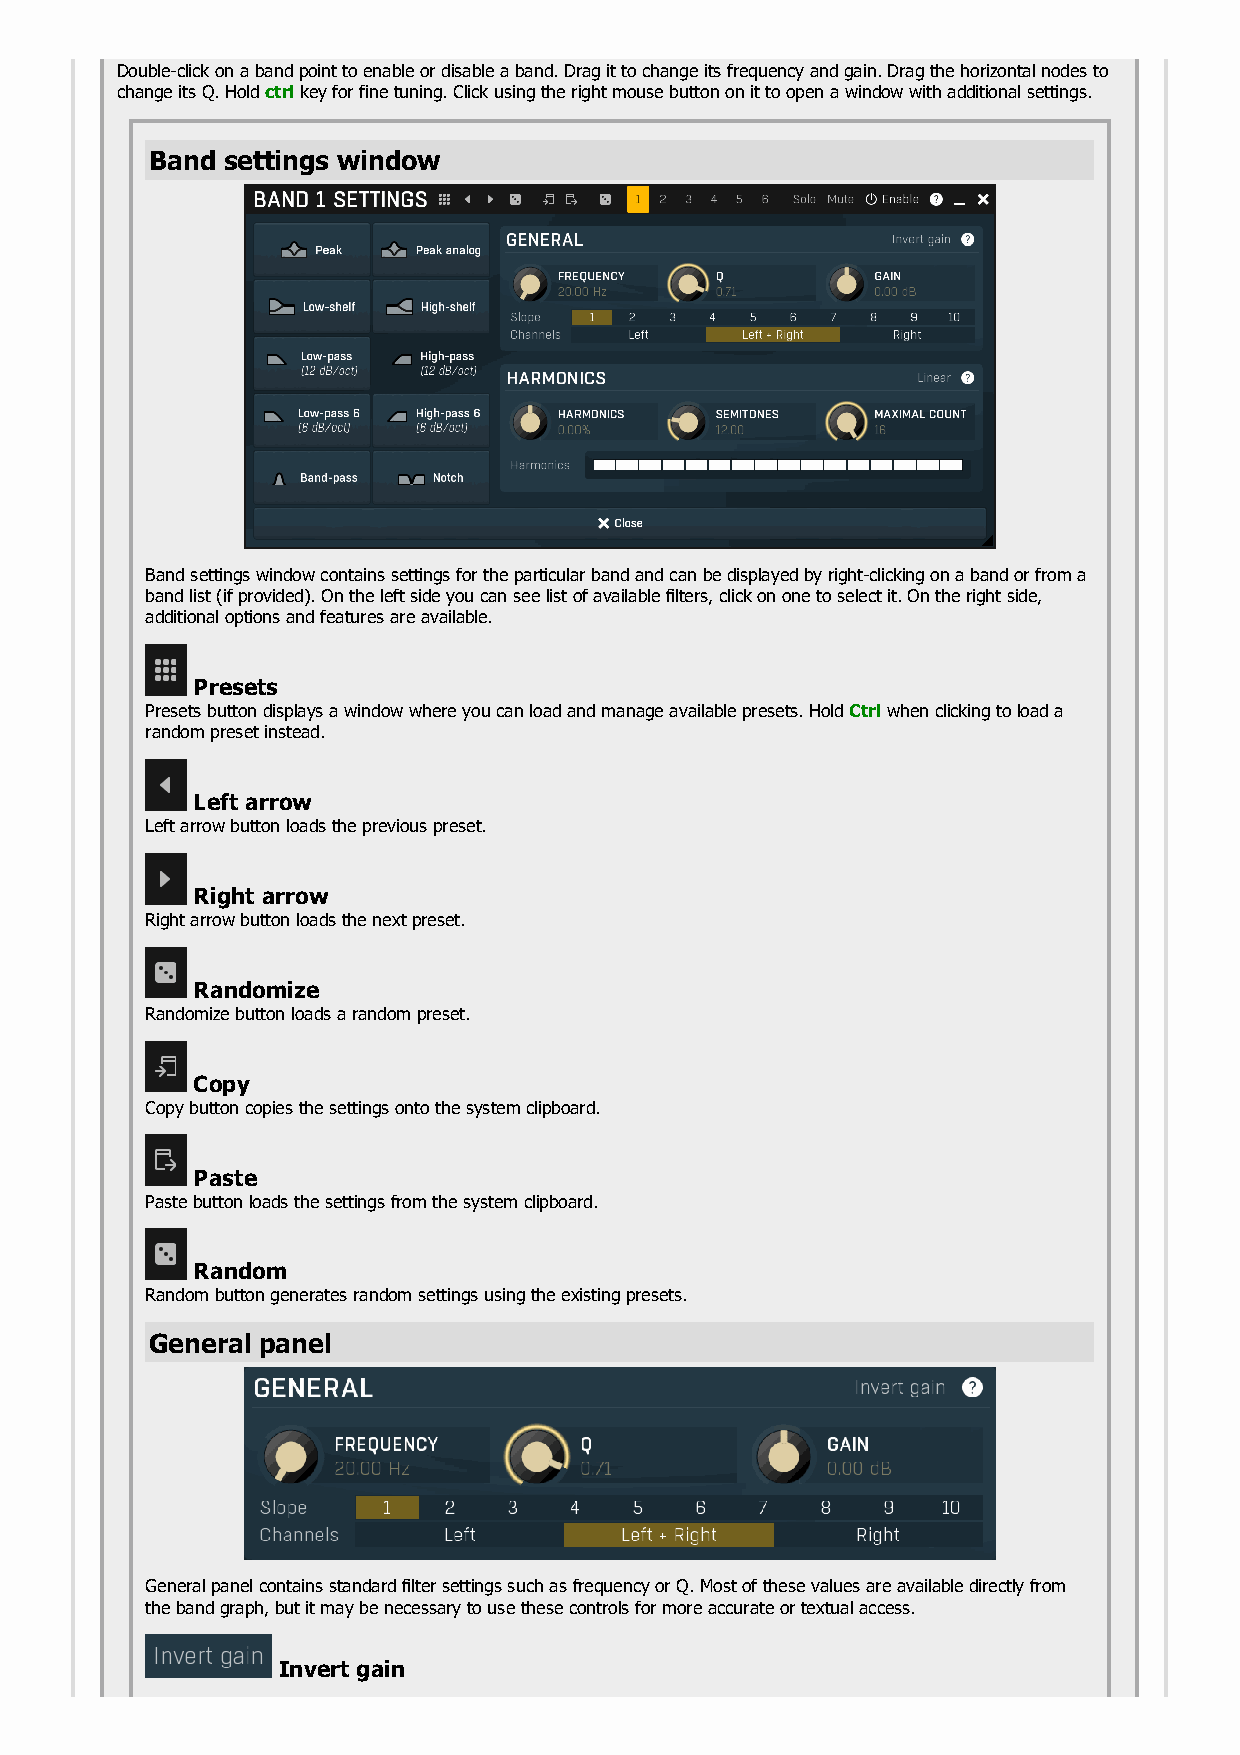
Double-click on a band point to enable or disable a band. Drag it to change its frequency and gain. Drag the horizontal nodes to
 change its Q. Hold ctrl key for fine tuning. Click using the right mouse button on it to open a window with additional settings.
 Band settings window
 Band settings window contains settings for the particular band and can be displayed by right-clicking on a band or from a
 band list (if provided). On the left side you can see list of available filters, click on one to select it. On the right side,
 additional options and features are available.
 Presets
 Presets button displays a window where you can load and manage available presets. Hold Ctrl when clicking to load a
 random preset instead.
 Left arrow
 Left arrow button loads the previous preset.
 Right arrow
 Right arrow button loads the next preset.
 Randomize
 Randomize button loads a random preset.
 Copy
 Copy button copies the settings onto the system clipboard.
 Paste
 Paste button loads the settings from the system clipboard.
 Random
 Random button generates random settings using the existing presets.
 General panel
 General panel contains standard filter settings such as frequency or Q. Most of these values are available directly from
 the band graph, but it may be necessary to use these controls for more accurate or textual access.
 Invert gain